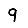
Digit: 9